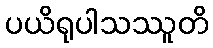
ပယိရုပါသဿူတိ